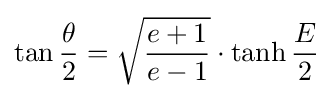
\tan {\frac {\theta }{2}}={\sqrt {\frac {e+1}{e-1}}}\cdot \tanh {\frac {E}{2}}